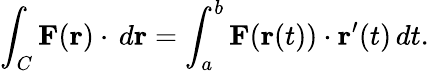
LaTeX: \int_{C}\mathbf{F}(\mathbf{r})\cdot\, d\mathbf{r}=\int_{a}^{b}\mathbf{F}(\mathbf{r}(t))\cdot\mathbf{r}^{\prime}(t)\, dt.